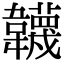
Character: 韤